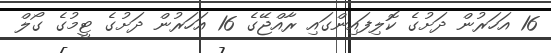
16 އަހަރުން ދަށުގެ ކޮލިފައިންގައި ރާއްޖޭގެ 16 އަހަރުން ދަށުގެ ޓީމުގެ ގޯލް